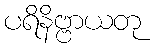
ပရိနိဗ္ဗာယတု